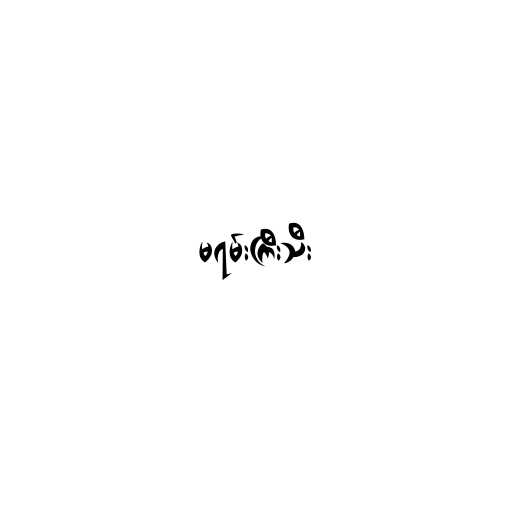
မရမ်းကြီးသီး